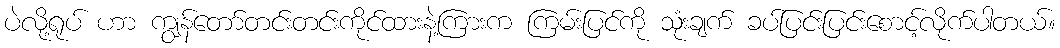
ပဲလို့ရုပ် ဟာ ကျွန်တော်တင်းတင်းကိုင်ထားနဲ့ကြားက ကြမ်းပြင်ကို သုံးချက် ခပ်ပြင်းပြင်းစောင့်လိုက်ပါတယ်။